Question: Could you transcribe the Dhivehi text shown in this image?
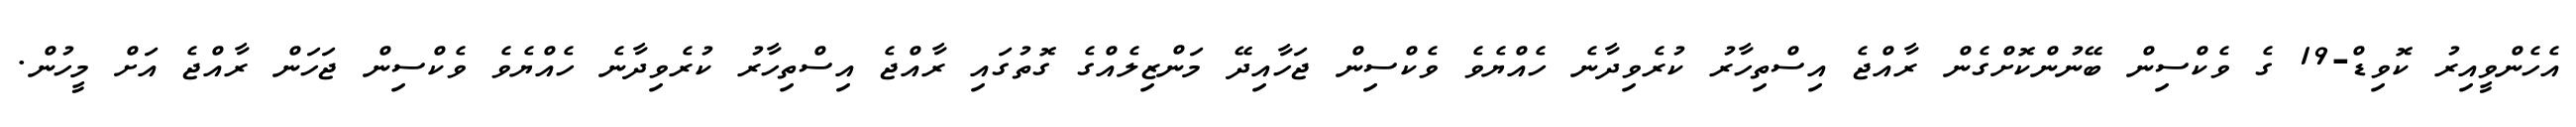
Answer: އެހެންވީއިރު ކޮވިޑް-19 ގެ ވެކްސިން ބޭނުންކޮށްގެން ރާއްޖެ އިސްތިހާރު ކުރެވިދާނެ ހެއްޔެވެ ވެކްސިން ޖަހާއިދޭ މަންޒިލެއްގެ ގޮތުގައި ރާއްޖެ އިސްތިހާރު ކުރެވިދާނެ ހެއްޔެވެ ވެކްސިން ޖަހަން ރާއްޖެ އަށް މީހުން.